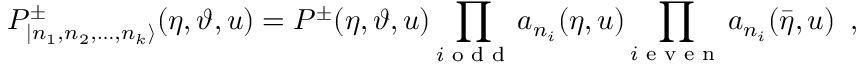
P _ { | n _ { 1 } , n _ { 2 } , \dots , n _ { k } \rangle } ^ { \pm } ( \eta , \vartheta , u ) = P ^ { \pm } ( \eta , \vartheta , u ) \prod _ { i \textrm { o d d } } a _ { n _ { i } } ( \eta , u ) \prod _ { i \textrm { e v e n } } a _ { n _ { i } } ( \bar { \eta } , u ) \, \, \, ,